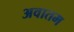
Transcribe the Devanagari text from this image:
अवातम